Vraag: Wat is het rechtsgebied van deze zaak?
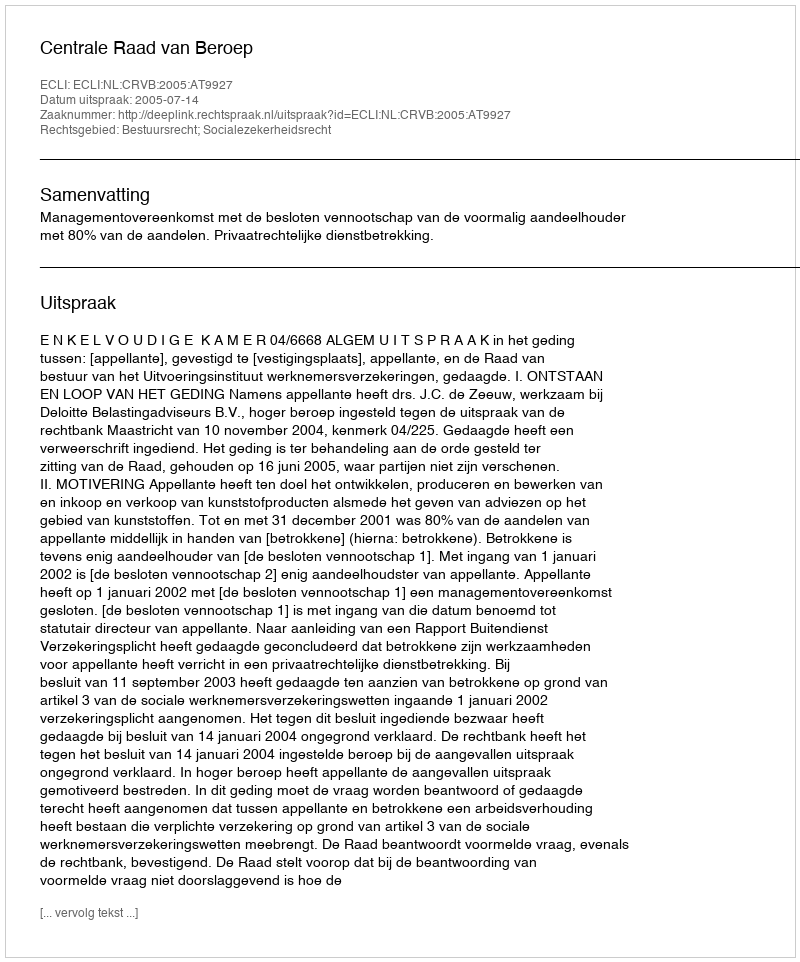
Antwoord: Bestuursrecht; Socialezekerheidsrecht